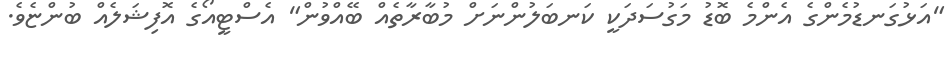
"އަޅުގަނޑުމެންގެ އެންމެ ބޮޑު މަގުސަދަކީ ކަނބަލުންނަށް މުބާރާތެއް ބޭއްވުން" އެސްޓީއޯގެ އޮފިޝަލެއް ބުންޏެވެ.